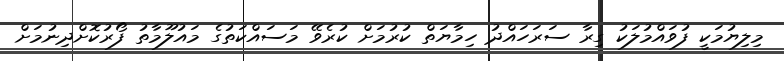
މިލިޔުމަކީ ފުވައްމުލަކު ގިރާ ސަރަހައްދު ހިމާޔަތް ކުރުމަށް ކުރެވޭ މަސައްކަތުގެ މައުލޫމާތު ފޯރުކޮށްދިނުމަށް